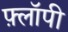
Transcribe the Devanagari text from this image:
फ़्लॉपी